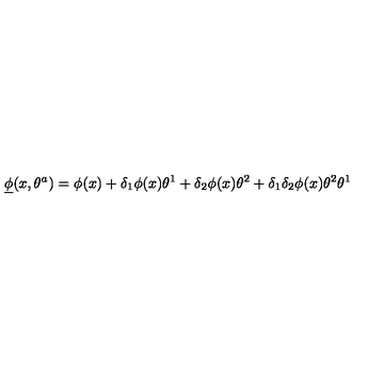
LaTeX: { \underline { \phi } } ( x , \theta ^ { a } ) = \phi ( x ) + \delta _ { 1 } \phi ( x ) \theta ^ { 1 } + \delta _ { 2 } \phi ( x ) \theta ^ { 2 } + \delta _ { 1 } \delta _ { 2 } \phi ( x ) \theta ^ { 2 } \theta ^ { 1 }